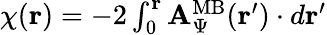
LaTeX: \begin{array}{r}{{{\chi({\mathbf r})}}=-2\int_{0}^{{\mathbf r}}{\mathbf A}_{\Psi}^{\mathrm{MB}}({\mathbf r}^{\prime})\cdot d{\mathbf r}^{\prime}}\end{array}